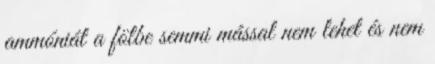
ammóniát a fölbe semmi mással nem lehet és nem